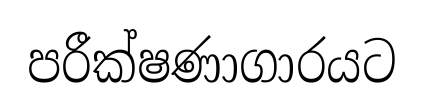
පරීක්ෂණාගාරයට